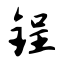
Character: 锃